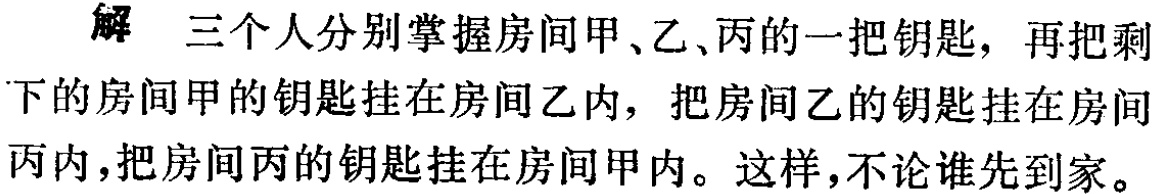
解 三个人分别掌握房间甲、乙、丙的一把钥匙，再把剩

下的房间甲的钥匙挂在房间乙内，把房间乙的钥匙挂在房间

丙内，把房间丙的钥匙挂在房间甲内。这样，不论谁先到家。